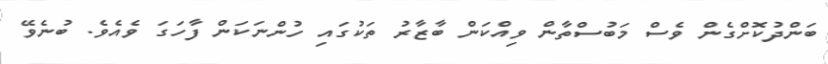
ބަންދުކޮށްގެން ވެސް މަބުސްތާން ވިއްކަން ބާޒާރު ތަކުގައި ހުންނަކަން ފާހަގަ ވެއެވެ. ބުނެވޭ